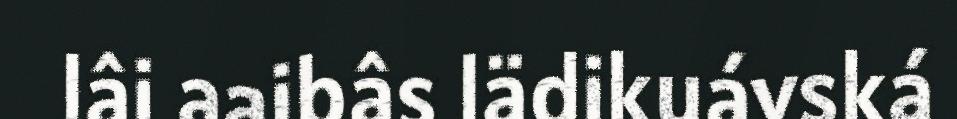
lâi aaibâs lädikuávská